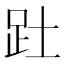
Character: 𮛄